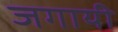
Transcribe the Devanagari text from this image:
जगायी